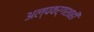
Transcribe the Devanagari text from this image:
अल्पवर्गशाही